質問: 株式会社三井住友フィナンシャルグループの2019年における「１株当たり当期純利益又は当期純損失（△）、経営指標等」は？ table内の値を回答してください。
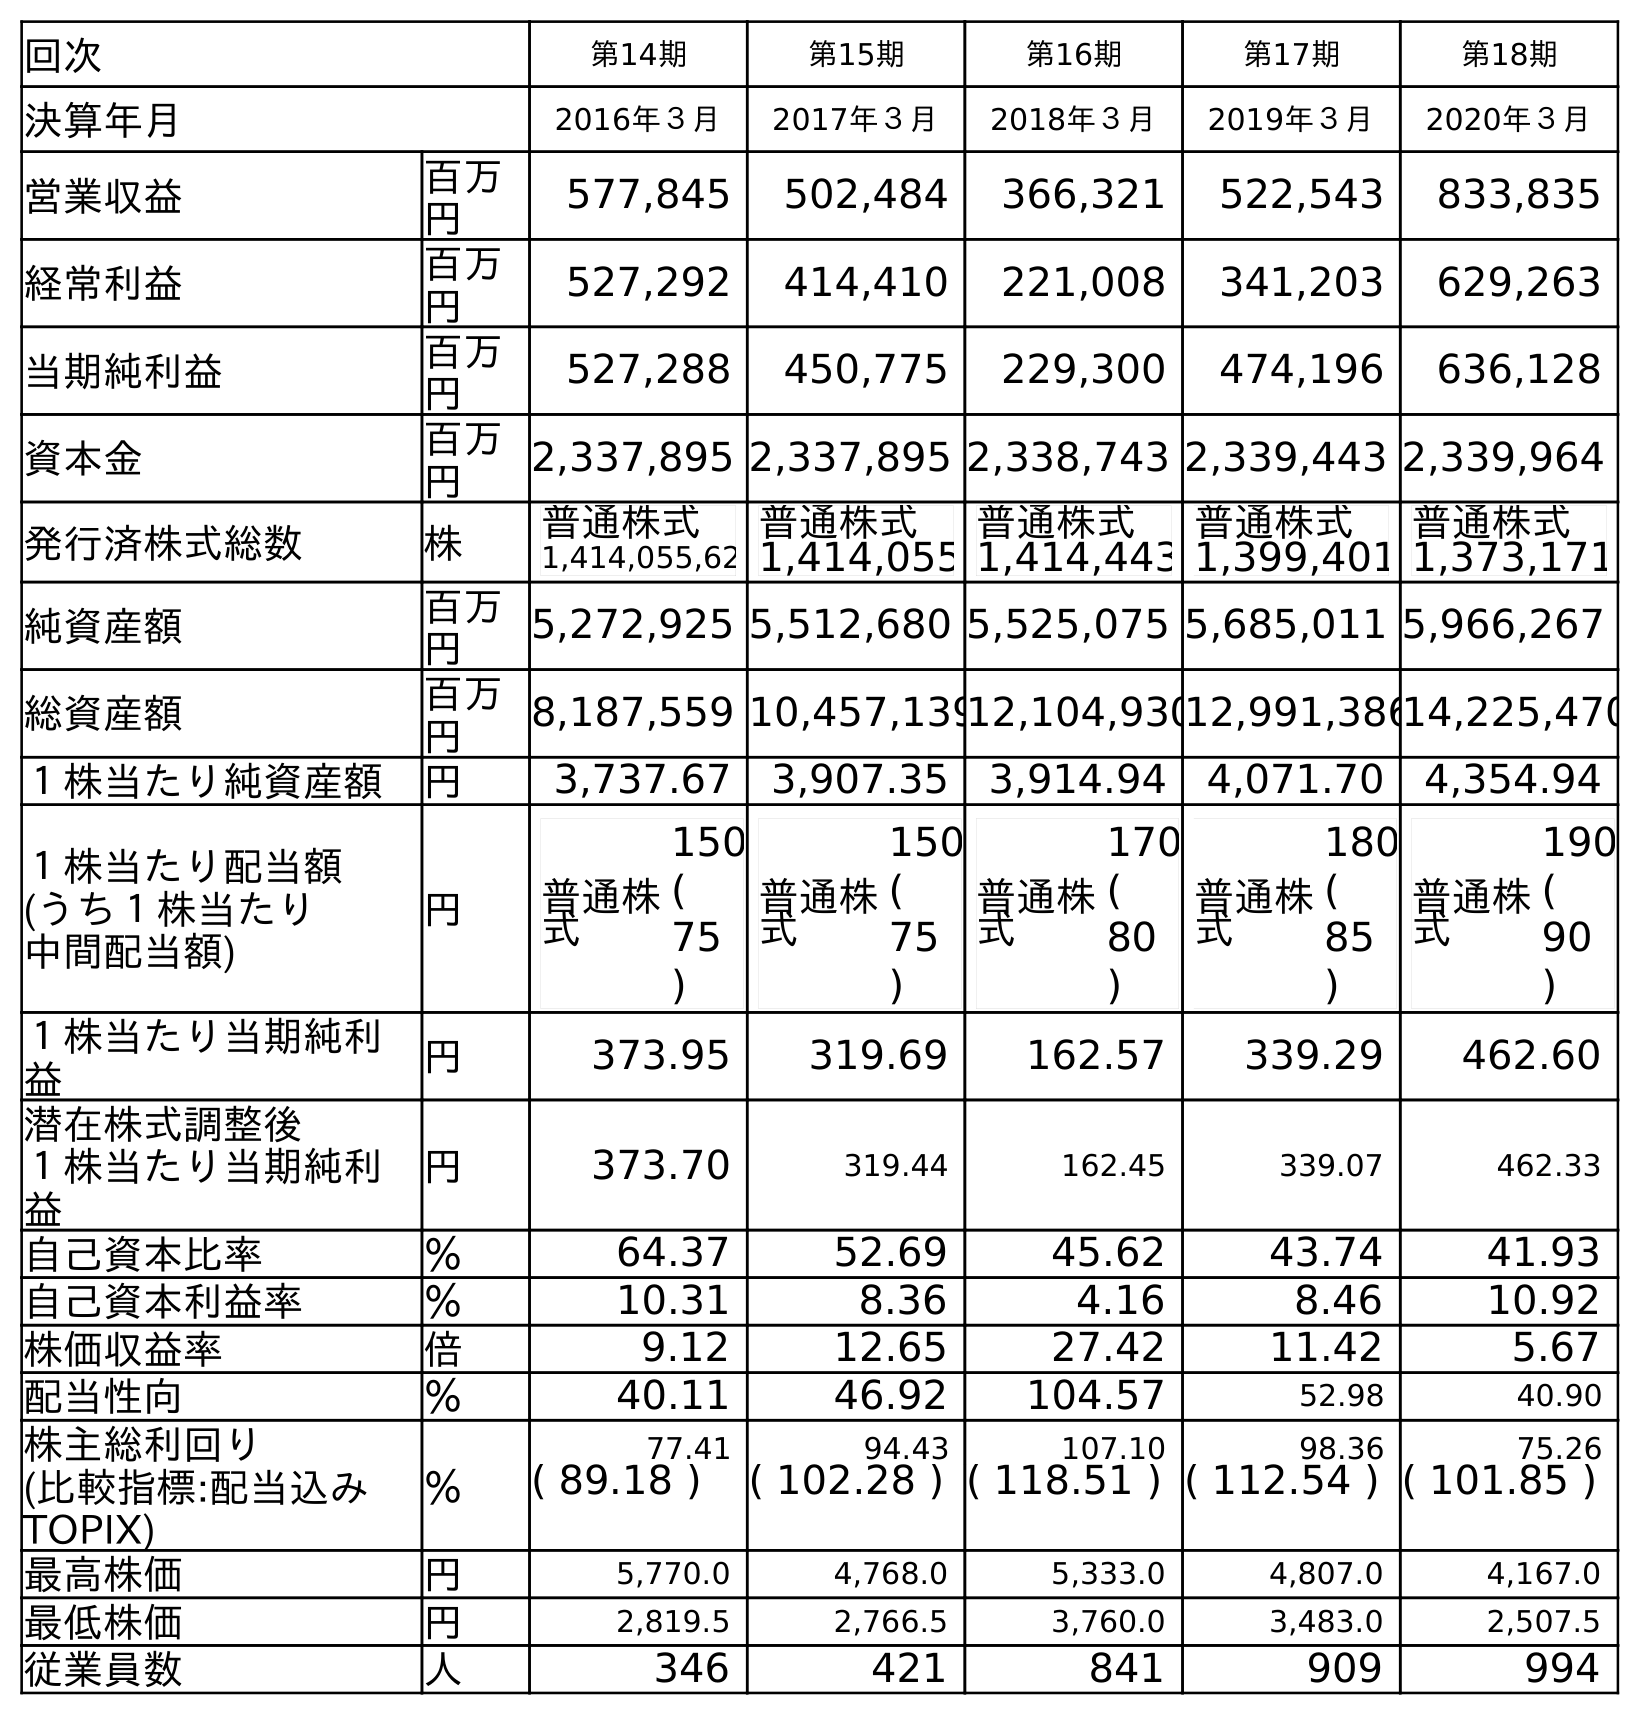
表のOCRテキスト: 回次 第14期 第15期 第16期 第17期 第18期 決算年月 2016年３月 2017年３月 2018年３月 2019年３月 2020年３月 営業収益 百万 円 577,845 502,484 366,321 522,543 833,835 経常利益 百万 円 527,292 414,410 221,008 341,203 629,263 当期純利益 百万 円 527,288 450,775 229,300 474,196 636,128 資本金 百万 円 2,337,895 2,337,895 2,338,743 2,339,443 2,339,964 発行済株式総数 株 普通株式 1,414,055,62 普通株式 1,414,055 普通株式 1,414,443 普通株式 1,399,401 普通株式 1,373,171 純資産額 百万 円 5,272,925 5,512,680 5,525,075 5,685,011 5,966,267 総資産額 百万 円 8,187,559 10,457,13912,104,93012,991,38614,225,470 １株当たり純資産額 円 3,737.67 3,907.35 3,914.94 4,071.70 4,354.94 １株当たり配当額 (うち１株当たり 中間配当額) 円 普通株 式 150 ( 75 ) 普通株 式 150 ( 75 ) 普通株 式 170 ( 80 ) 普通株 式 180 ( 85 ) 普通株 式 190 ( 90 ) １株当たり当期純利 益 円 373.95 319.69 162.57 339.29 462.60 潜在株式調整後 １株当たり当期純利 益 円 373.70 319.44 162.45 339.07 462.33 自己資本比率 ％ 64.37 52.69 45.62 43.74 41.93 自己資本利益率 ％ 10.31 8.36 4.16 8.46 10.92 株価収益率 倍 9.12 12.65 27.42 11.42 5.67 配当性向 ％ 40.11 46.92 104.57 52.98 40.90 株主総利回り ％ 77.41 94.43 107.10 98.36 75.26 (比較指標:配当込み TOPIX) ( 89.18 ) ( 102.28 ) ( 118.51 ) ( 112.54 ) ( 101.85 ) 最高株価 円 5,770.0 4,768.0 5,333.0 4,807.0 4,167.0 最低株価 円 2,819.5 2,766.5 3,760.0 3,483.0 2,507.5 従業員数 人 346 421 841 909 994
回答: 339.29